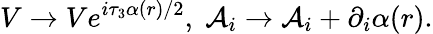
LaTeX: V\rightarrow Ve^{i\tau_{3}\alpha(r)/2},\; {\mathcal{A}}_{i}\rightarrow{\mathcal{A}}_{i}+\partial_{i}\alpha(r).